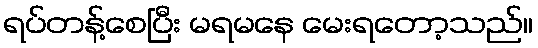
ရပ်တန့်စေပြီး မရမနေ မေးရတော့သည်။